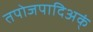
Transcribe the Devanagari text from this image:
तपोजपादिअक्ं